Supplement to the account of plague administration in the Bombay Presidency from September 1896 till May 1897
Year: 1896
Disease focus: Plague
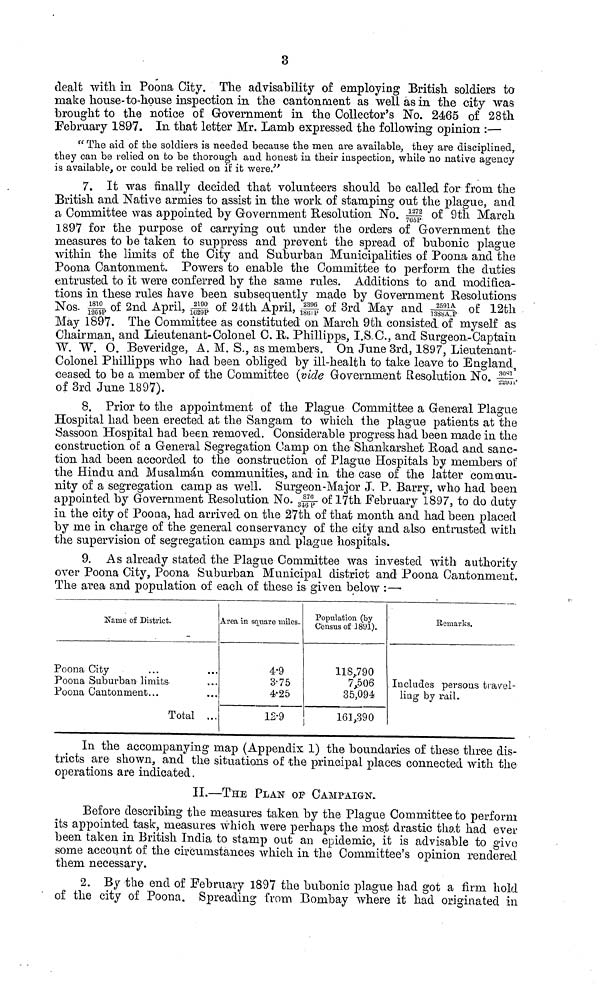
3
dealt with, in Poona City. The advisability of employing British soldiers to
make house-to-house inspection in the cantonment as well as in the city was
brought to the notice of Government in the Collector's No. 2465 of 28th
February 1897. In that letter Mr. Lamb expressed the following opinion :—
" The aid of the soldiers is needed because the men are available, they are disciplined,
they can be relied on to be thorough and honest in their inspection, while no native agency
is available, or could be relied on if it were."
7. It was finally decided that volunteers should bo called for from the
British and Native armies to assist in the work of stamping out the plague, and
a Committee was appointed by Government Resolution No. 1275/765P of 9th March
1897 for the parpóse of carrying out under the orders of Government the
measures to be taken to suppress and prevent the spread of bubonic plague
within the limits of the City and Suburban Municipalities of Poona and the
Poona Cantonment. Powers to enable the Committee to perform the duties
entrusted to it were conferred by the same rules. Additions to and modifica-
tions in these rules have been subsequently made by Government Resolutions
Nos. 1810/120IP of 2nd April, 2190/1629P of 24th April, 2396/1861P of 3rd May and 2591/1388A.P of 12th
May 1897. The Committee as constituted on March 9th consisted of myself as
Chairman, and Lieutenant-Colonel C. R. Phillipps, I.S.O., and Surgeon-Captain
W. W. O. Beveridge, A. M. S., as members. On June 3rd, 1897, Lieutenant-
Colonel Phillipps who had been obliged by ill-health to take leave to England,
ceased to be a member of the Committee (vide Government Resolution No. 308/22931
of 3rd June 1897).
8. Prior to the appointment of the Plague Committee a General Plague
Hospital had been erected at the Sangarn to which the plague patients at the
Sassoon Hospital had been removed. Considerable progress had been made in the
construction of a General Segregation Camp on the Shankarshet Road and sanc-
tion had been accorded to the construction of Plague Hospitals by members of
the Hindu and Musalman communities, and in the case of the latter commu-
nity of a segregation camp as well. Surgeon-Major J. P. Barry, who had been
appointed by Government Resolution No. 876/ 346P- of 17th February 1897, to do duty
in the city of Poona, had arrived on the 27th of that month and had been placed
by me in charge of the general conservancy of the city and also entrusted with
the supervision of segregation camps and plague hospitals.
9. As already stated the Plague Committee was invested with authority
over Poona City, Poona Suburban Municipal district and Poona Cantonment.
The area and population of each of these is given below :—·
Name of District.
Poona City ...
Poona Suburban limits ...
Poona Cantonment...
Total ...
Area in square miles.
4-9
3-75
4.25
12.9
Population (by
Census of 1891).
118,790
7,506
35,094
161,390
Remarks.
Includes persons travel-
ling by rail.
In the accompanying map (Appendix 1) the boundaries of these three dis-
tricts are shown, and the situations of the principal places connected with the
operations are indicated.
II.—THE PLAN OF CAMPAIGN.
Before describing the measures taken by the Plague Committee to perform
its appointed task, measures which were perhaps the most drastic that had ever
been taken in British India to stamp out an epidemic, it is advisable to give
some account of the circumstances which in the Committee's opinion rendered
them necessary.
2. By the end of February 1897 the bubonic plague had got a firm hold
of the city of Poona. Spreading from Bombay where it had originated in